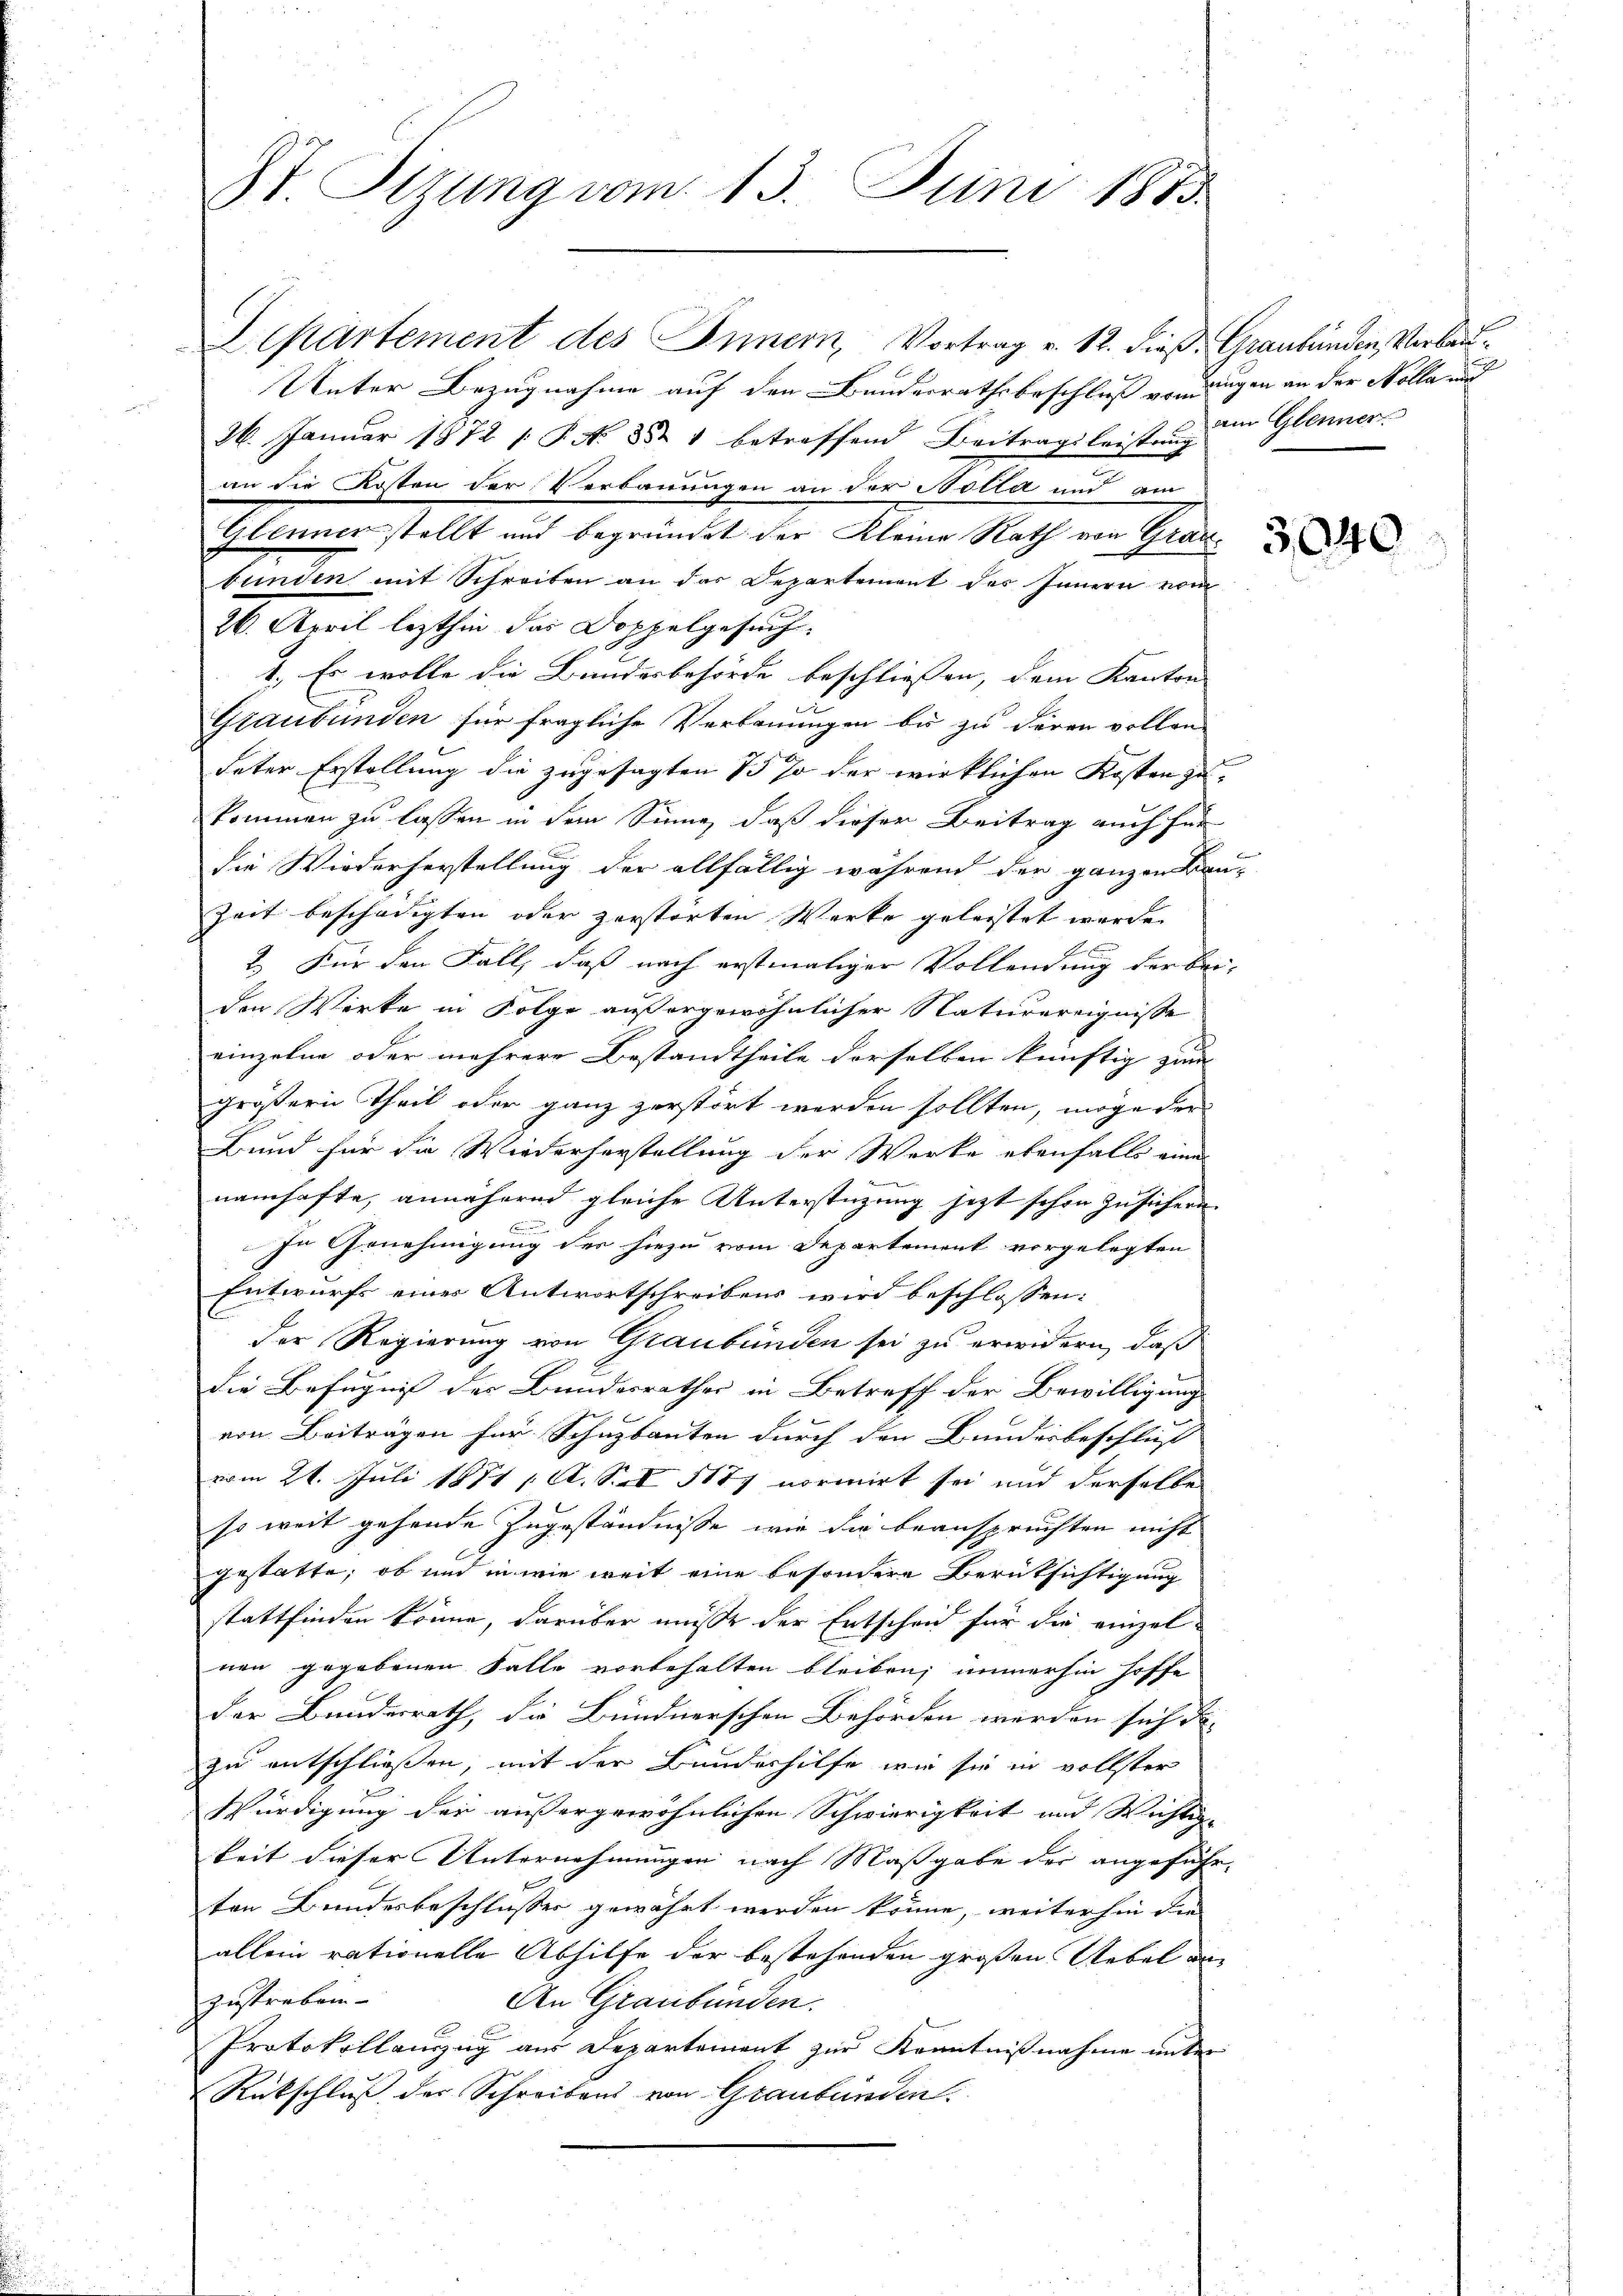
St Sizung vom 13. Juni 1883.

Departement des Innern, Vortrag v. 12. dieß: Graubünden, Verbau¬
Unter Bezugnahme auf den Bundesrathsbeschluß vorringen an der Kolla und
26. Januar 1872 1. P. Nr. 352 1 betreffend Beitragsleistung im Glenner
in die Kosten der Verbauungen an der Adita und am
Glenner stellt und begründet der Kleine Rath von Graz
bunden mit Schreiben an das Departement des Innern vom
26. April lezthin das Doppelgesuch
1. Es wolle die Bundesbehörde beschließen, dem Kanton
Graubünden für fragliche Verbauungen bis zu deren vollen
deter Erstellung die zugesagten 75 % der wirklichen Kosten zukommen zu lassen in dem Sinne, daß dieser Beitrag auch für
die Wiederherstellung der allfällig während der ganzen Bau-
Zeit beschädigten oder zerstörten Werke geleistet wurde.
2. Für den Fall, daß nach erstmaliger Vollendung der bei-
den Werke in Folge außergewöhnlicher Naturereignisse
einzelne oder mehrere Bestandtheile derselben künftig zum |
größern Theil oder ganz zerstört werden sollten, möge der
Bund für die Wiederherstellung der Werke ebenfalls eine
namhafte, annähernd gleiche Unterstützung jetzt schon zusichern
In Genehmigung der hiezu vom Departement vorgelegten
Entwurfs eines Antwortschreibens wird beschlossen:
der Regierung von Graubünden sei zu erwidern, daß
die Befugniß der Bundesrathes in Betreff der Bewilligung
von Beiträgen für Schuzbanten durch den Bundesbeschluß
vom 24. Juli 1871 A. S. 1177 normirt sei und derselbe
so weit gehende Zugeständnisse wie die beanspruchten nicht
gestatte, ob und in wie weit eine besondere Berüksichtigung
stattfinden könne, darüber müsse der Entscheid für die einzel-
nen gegebenen Falle vorbehalten bleiben; immerhin hoffe
der Bundesrath, die Bündnerschen Behörden werden sich da-
zu entschließen, mit der Bundeshilfe wie sie in vollster
Würdigung der außergewöhnlichen Schwierigkeit und Wichtig-
keit dieser Unternehmungen nach Maßgabe der angeführ
ten Bundesbeschlusser gewährt werden könne, weiterhin die
allein rationelle Abhilfe der bestehenden großen Uebel an
zustreben
An Graubünden.
Protokollauszug aus Departement zur Kenntnißnahme unter
Rückschluß der Schreibens von Graubünden.